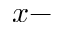
x -